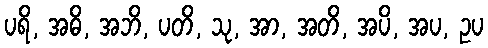
ပရိ, အဓိ, အဘိ, ပတိ, သု, အာ, အတိ, အပိ, အပ, ဥပ